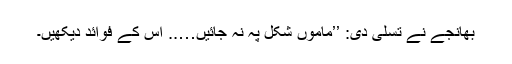
بھانجے نے تسلی دی: ’’ماموں شکل پہ نہ جائیں….. اس کے فوائد دیکھیں۔